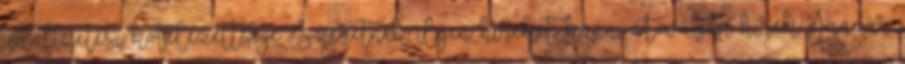
adófizetési kötelezettsége. Szeretnék ilyen híreket kapni További hírek Január